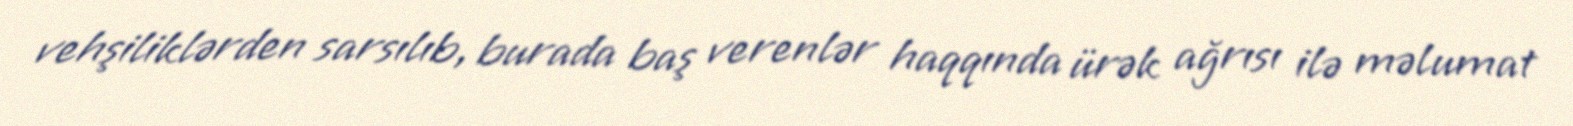
vehşiliklərden sarsılıb, burada baş verenlər haqqında ürək ağrısı ilə məlumat